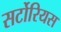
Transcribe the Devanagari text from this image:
सर्टोरियस